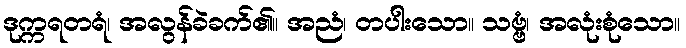
ဒုက္ကရတရံ၊ အလွန်ခဲခက်၏။ အညံ၊ တပါးသော။ သဗ္ဗံ၊ အလုံးစုံသော။